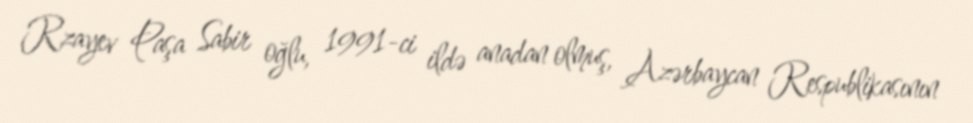
Rzayev Paşa Sabir oğlu, 1991-ci ildə anadan olmuş, Azərbaycan Respublikasının